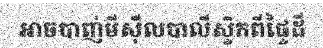
អាចបាញ់មីស៊ីលបាលីស្ទិកពីផ្ទៃដី